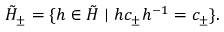
\tilde { H } _ { \pm } = \{ h \in \tilde { H } \mid h c _ { \pm } h ^ { - 1 } = c _ { \pm } \} .